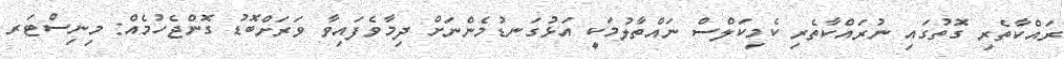
ރައްކާތެރި ގޮތުގައި ނުރައްކާތެރި ކެމިކަލްސް ނައްތާލުމަކީ އަޅުގަނޑުމެންނަށް ދިމާވެފައިވާ ވަރަށްބޮޑު ގޮންޖެހުމެއް: މިނިސްޓަރ